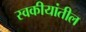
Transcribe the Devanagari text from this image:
स्वकीयांतील